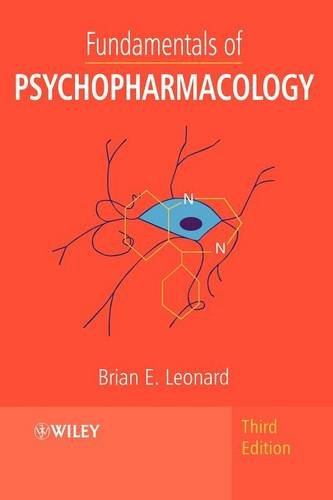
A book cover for Fundamentals of Psychopharmacology; Brian E. Leonard; Medical Books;